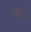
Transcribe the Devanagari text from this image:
पाड्वो